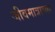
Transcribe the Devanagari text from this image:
जीवमात्राच्या